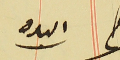
اليده